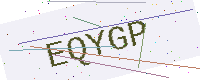
Text: EQYGP